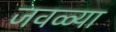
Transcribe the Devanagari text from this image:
जवळ्या